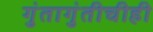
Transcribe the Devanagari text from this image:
गुंतागुंतीचीही